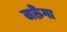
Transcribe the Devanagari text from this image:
मरूँगा